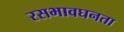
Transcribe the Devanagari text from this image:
रसभावघनता